Civil Veterinary Dept. North-West Frontier Province 1923-32 - 1923-1932
Year: 1923
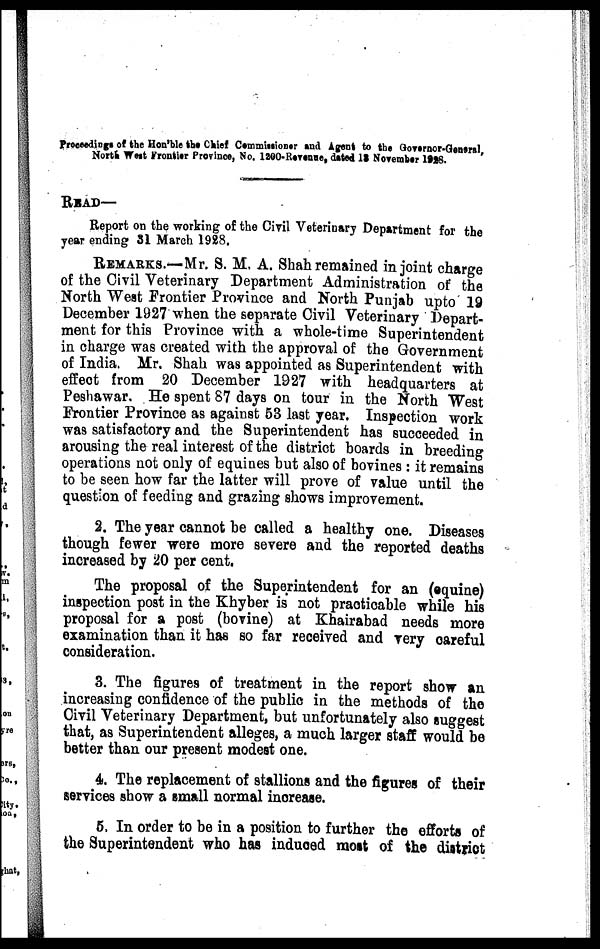
Proceedings of the Hon'ble the Chief Commissioner and Agent to the Governor-General,
North West Prontier Province, No. 1200-Revenue, dated 13 November 1928.
READ—
Report on the working of the Civil Veterinary Department for the
year ending 31 March 1928.
REMARKS.—Mr. S. M. A. Shah remained in joint charge
of the Civil Veterinary Department Administration of the
North West Frontier Province and North Punjab upto 19
December 1927 when the separate Civil Veterinary Depart-
ment for this Province with a whole-time Superintendent
in charge was created with the approval of the Government
of India. Mr. Shah was appointed as Superintendent with
effect from 20 December 1927 with headquarters at
Peshawar. He spent 87 days on tour in the North West
Frontier Province as against 53 last year. Inspection work
was satisfactory and the Superintendent has succeeded in
arousing the real interest of the district boards in breeding
operations not only of equines but also of bovines : it remains
to be seen how far the latter will prove of value until the
question of feeding and grazing shows improvement.
2. The year cannot be called a healthy one. Diseases
though fewer were more severe and the reported deaths
increased by 20 per cent.
The proposal of the Superintendent for an (equine)
inspection post in the Khyber is not practicable while his
proposal for a post (bovine) at Khairabad needs more
examination than it has so far received and very careful
consideration.
3. The figures of treatment in the report show an
increasing confidence of the public in the methods of the
Civil Veterinary Department, but unfortunately also suggest
that, as Superintendent alleges, a much larger staff would be
better than our present modest one.
4. The replacement of stallions and the figures of their
services show a small normal increase.
5. In order to be in a position to further the efforts of
the Superintendent who has induced most of the district